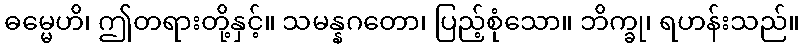
ဓမ္မေဟိ၊ ဤတရားတို့နှင့်။ သမန္နဂတော၊ ပြည့်စုံသော။ ဘိက္ခု၊ ရဟန်းသည်။